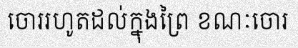
ចោររហូតដល់ក្នុងព្រៃ ខណៈចោរ